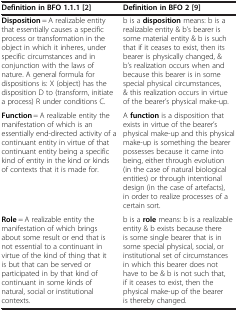
<table><thead><tr><td><b>Definition in BFO 1.1.1[2]</b></td><td><b>Definition in BFO 2[9]</b></td></tr></thead><tbody><tr><td><b>Disposition</b> = A realizable entity that essentially causes a specific process or transformation in the object in which it inheres, under specific circumstances and in conjunction with the laws of nature. A general formula for dispositions is: X (object) has the disposition D to (transform, initiate a process) R under conditions C.</td><td>b is a <b>disposition</b> means: b is a realizable entity &amp; b’s bearer is some material entity &amp; b is such that if it ceases to exist, then its bearer is physically changed, &amp; b’s realization occurs when and because this bearer is in some special physical circumstances, &amp; this realization occurs in virtue of the bearer’s physical make-up.</td></tr><tr><td><b>Function</b> = A realizable entity the manifestation of which is an essentially end-directed activity of a continuant entity in virtue of that continuant entity being a specific kind of entity in the kind or kinds of contexts that it is made for.</td><td>A <b>function</b> is a disposition that exists in virtue of the bearer’s physical make-up and this physical make-up is something the bearer possesses because it came into being, either through evolution (in the case of natural biological entities) or through intentional design (in the case of artefacts), in order to realize processes of a certain sort.</td></tr><tr><td><b>Role</b> = A realizable entity the manifestation of which brings about some result or end that is not essential to a continuant in virtue of the kind of thing that it is but that can be served or participated in by that kind of continuant in some kinds of natural, social or institutional contexts.</td><td>b is a <b>role</b> means: b is a realizable entity &amp; b exists because there is some single bearer that is in some special physical, social, or institutional set of circumstances in which this bearer does not have to be &amp; b is not such that, if it ceases to exist, then the physical make-up of the bearer is thereby changed.</td></tr></tbody></table>